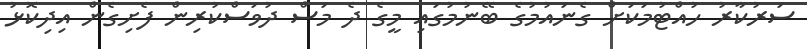
ސަރުކާރު ހުއްޓުމަކަށް ގެނައުމުގެ ބޭނުމުގައި މީގެ ދެ މަސް ދުވަސްކުރިން ފެށިގެން އިދިކޮޅު